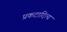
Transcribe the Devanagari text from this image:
प्रकटादित्य